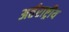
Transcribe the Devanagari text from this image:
अर्तराष्ट्रीय